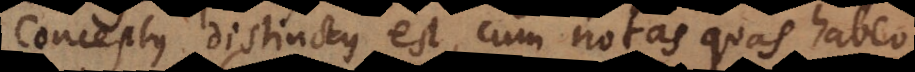
Conceptus distinctus est, cum notas quas habeo